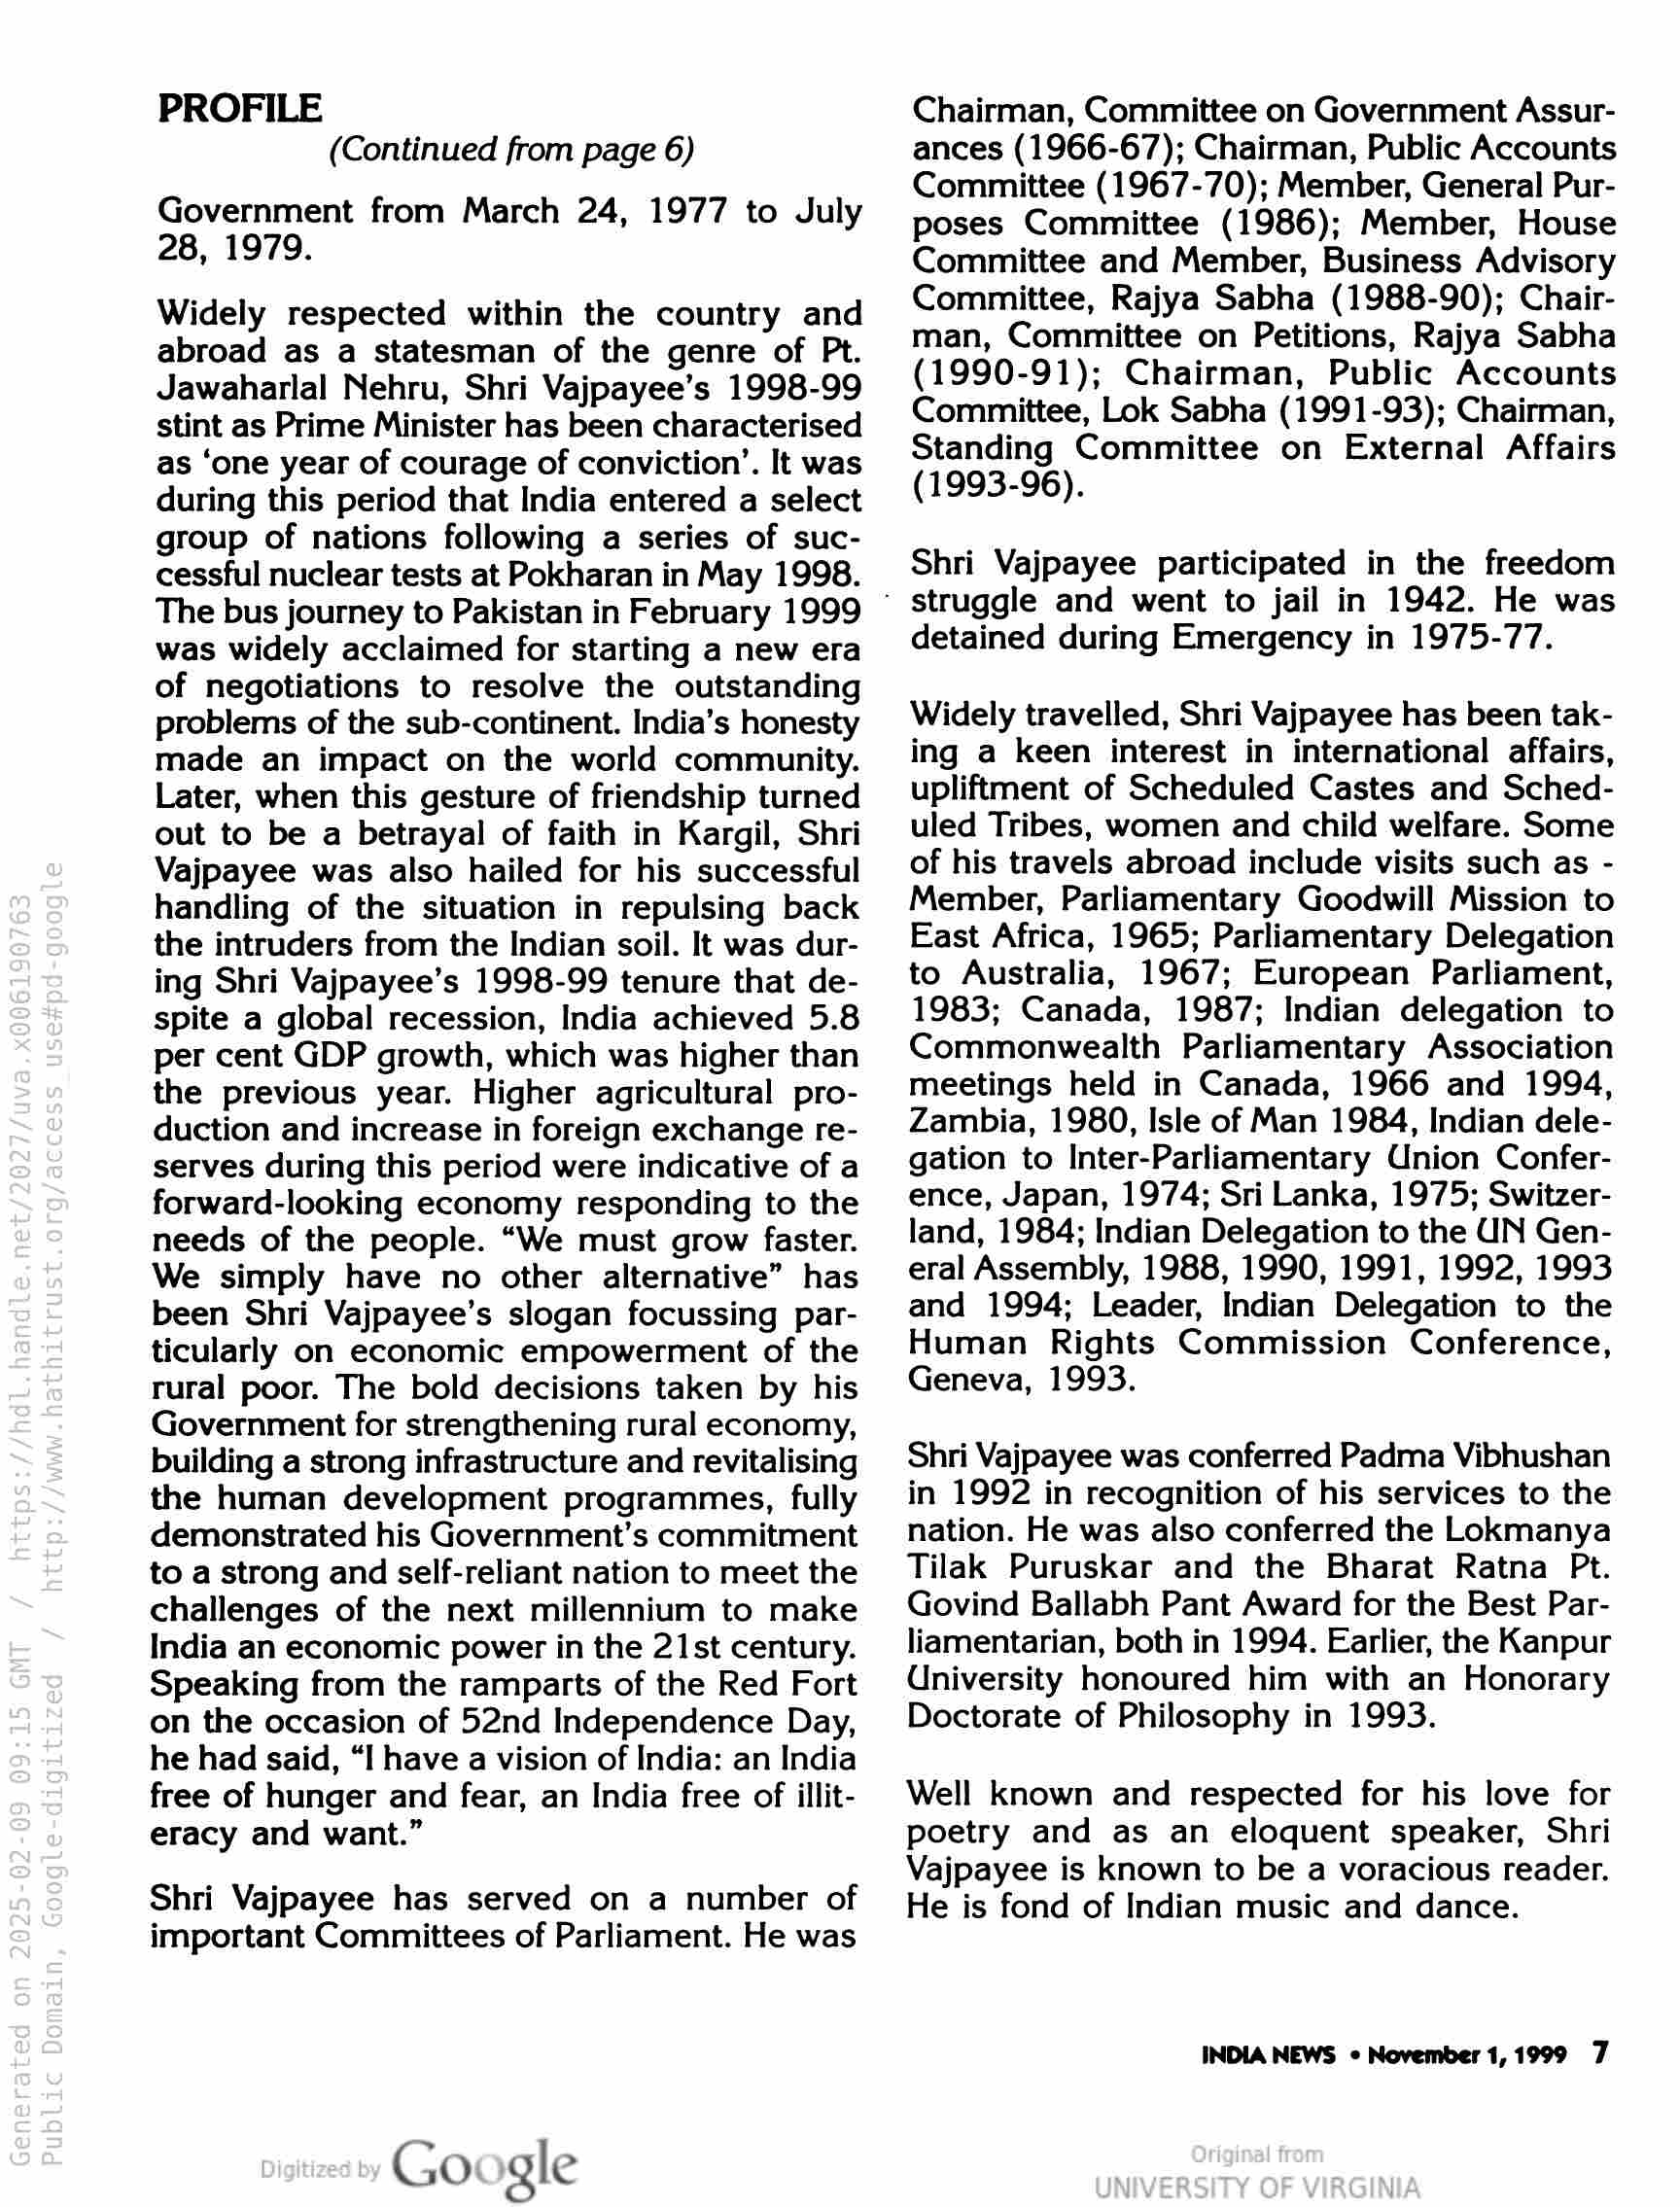
PROFILE
(Continued from page 6)

Government from March 24, 1977 to July
28, 1979.

Widely respected within the country and
abroad as a statesman of the genre of Pt.
Jawaharlal Nehru, Shri Vajpayee’s 1998-99
stint as Prime Minister has been characterised
as ‘one year of courage of conviction’. It was
during this period that India entered a select
group of nations following a series of suc-
cessful nuclear tests at Pokharan in May 1998.
The bus journey to Pakistan in February 1999
was widely acclaimed for starting a new era
of negotiations to resolve the outstanding
problems of the sub-continent. India’s honesty
made an impact on the world community.
Later, when this gesture of friendship turned
out to be a betrayal of faith in Kargil, Shri
Vajpayee was also hailed for his successful
handling of the situation in repulsing back
the intruders from the Indian soil. It was dur-
ing Shri Vajpayee’s 1998-99 tenure that de-
spite a global recession, India achieved 5.8
per cent GDP growth, which was higher than
the previous year. Higher agricultural pro-
duction and increase in foreign exchange re-
serves during this period were indicative of a
forward-looking economy responding to the
needs of the people. “We must grow faster.
We simply have no other alternative” has
been Shri Vajpayee’s slogan focussing par-
ticularly on economic empowerment of the
rural poor. The bold decisions taken by his
Government for strengthening rural economy,
building a strong infrastructure and revitalising
the human development programmes, fully
demonstrated his Government’s commitment
to a strong and self-reliant nation to meet the
challenges of the next millennium to make
India an economic power in the 21st century.
Speaking from the ramparts of the Red Fort
on the occasion of 52nd Independence Day,
he had said, “I have a vision of India: an India
free of hunger and fear, an India free of illit-
eracy and want.”

Shri Vajpayee has served on a number of
important Committees of Parliament. He was

Go gle

Chairman, Committee on Government Assur-
ances (1966-67); Chairman, Public Accounts
Committee (1967-70); Member, General Pur-
poses Committee (1986); Member, House
Committee and Member, Business Advisory
Committee, Rajya Sabha (1988-90); Chair-
man, Committee on Petitions, Rajya Sabha
(1990-91); Chairman, Public Accounts
Committee, Lok Sabha (1991-93); Chairman,
Standing Committee on External Affairs
(1993-96).

Shri Vajpayee participated in the freedom

* struggle and went to jail in 1942. He was

detained during Emergency in 1975-77.

Widely travelled, Shri Vajpayee has been tak-
ing a keen interest in international affairs,
upliftment of Scheduled Castes and Sched-
uled Tribes, women and child welfare. Some
of his travels abroad include visits such as -
Member, Parliamentary Goodwill Mission to
East Africa, 1965; Parliamentary Delegation
to Australia, 1967; European Parliament,
1983; Canada, 1987; Indian delegation to
Commonwealth Parliamentary Association
meetings held in Canada, 1966 and 1994,
Zambia, 1980, Isle of Man 1984, Indian dele-
gation to Inter-Parliamentary Union Confer-
ence, Japan, 1974; Sri Lanka, 1975; Switzer-
land, 1984; Indian Delegation to the UN Gen-
eral Assembly, 1988, 1990, 1991, 1992, 1993
and 1994; Leader, Indian Delegation to the
Human Rights Commission Conference,
Geneva, 1993.

Shri Vajpayee was conferred Padma Vibhushan
in 1992 in recognition of his services to the
nation. He was also conferred the Lokmanya
Tilak Puruskar and the Bharat Ratna Pt.
Govind Ballabh Pant Award for the Best Par-
liamentarian, both in 1994. Earlier, the Kanpur
University honoured him with an Honorary
Doctorate of Philosophy in 1993.

Well known and respected for his love for
poetry and as an eloquent speaker, Shri
Vajpayee is known to be a voracious reader.
He is fond of Indian music and dance.

INDIA NEWS © November 1,1999 7